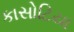
કાસોટિયા